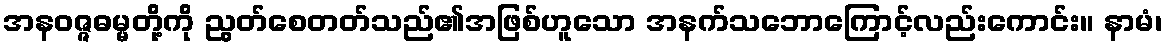
အနဝဇ္ဇဓမ္မတို့ကို ညွတ်စေတတ်သည်၏အဖြစ်ဟူသော အနက်သဘောကြောင့်လည်းကောင်း။ နာမံ၊